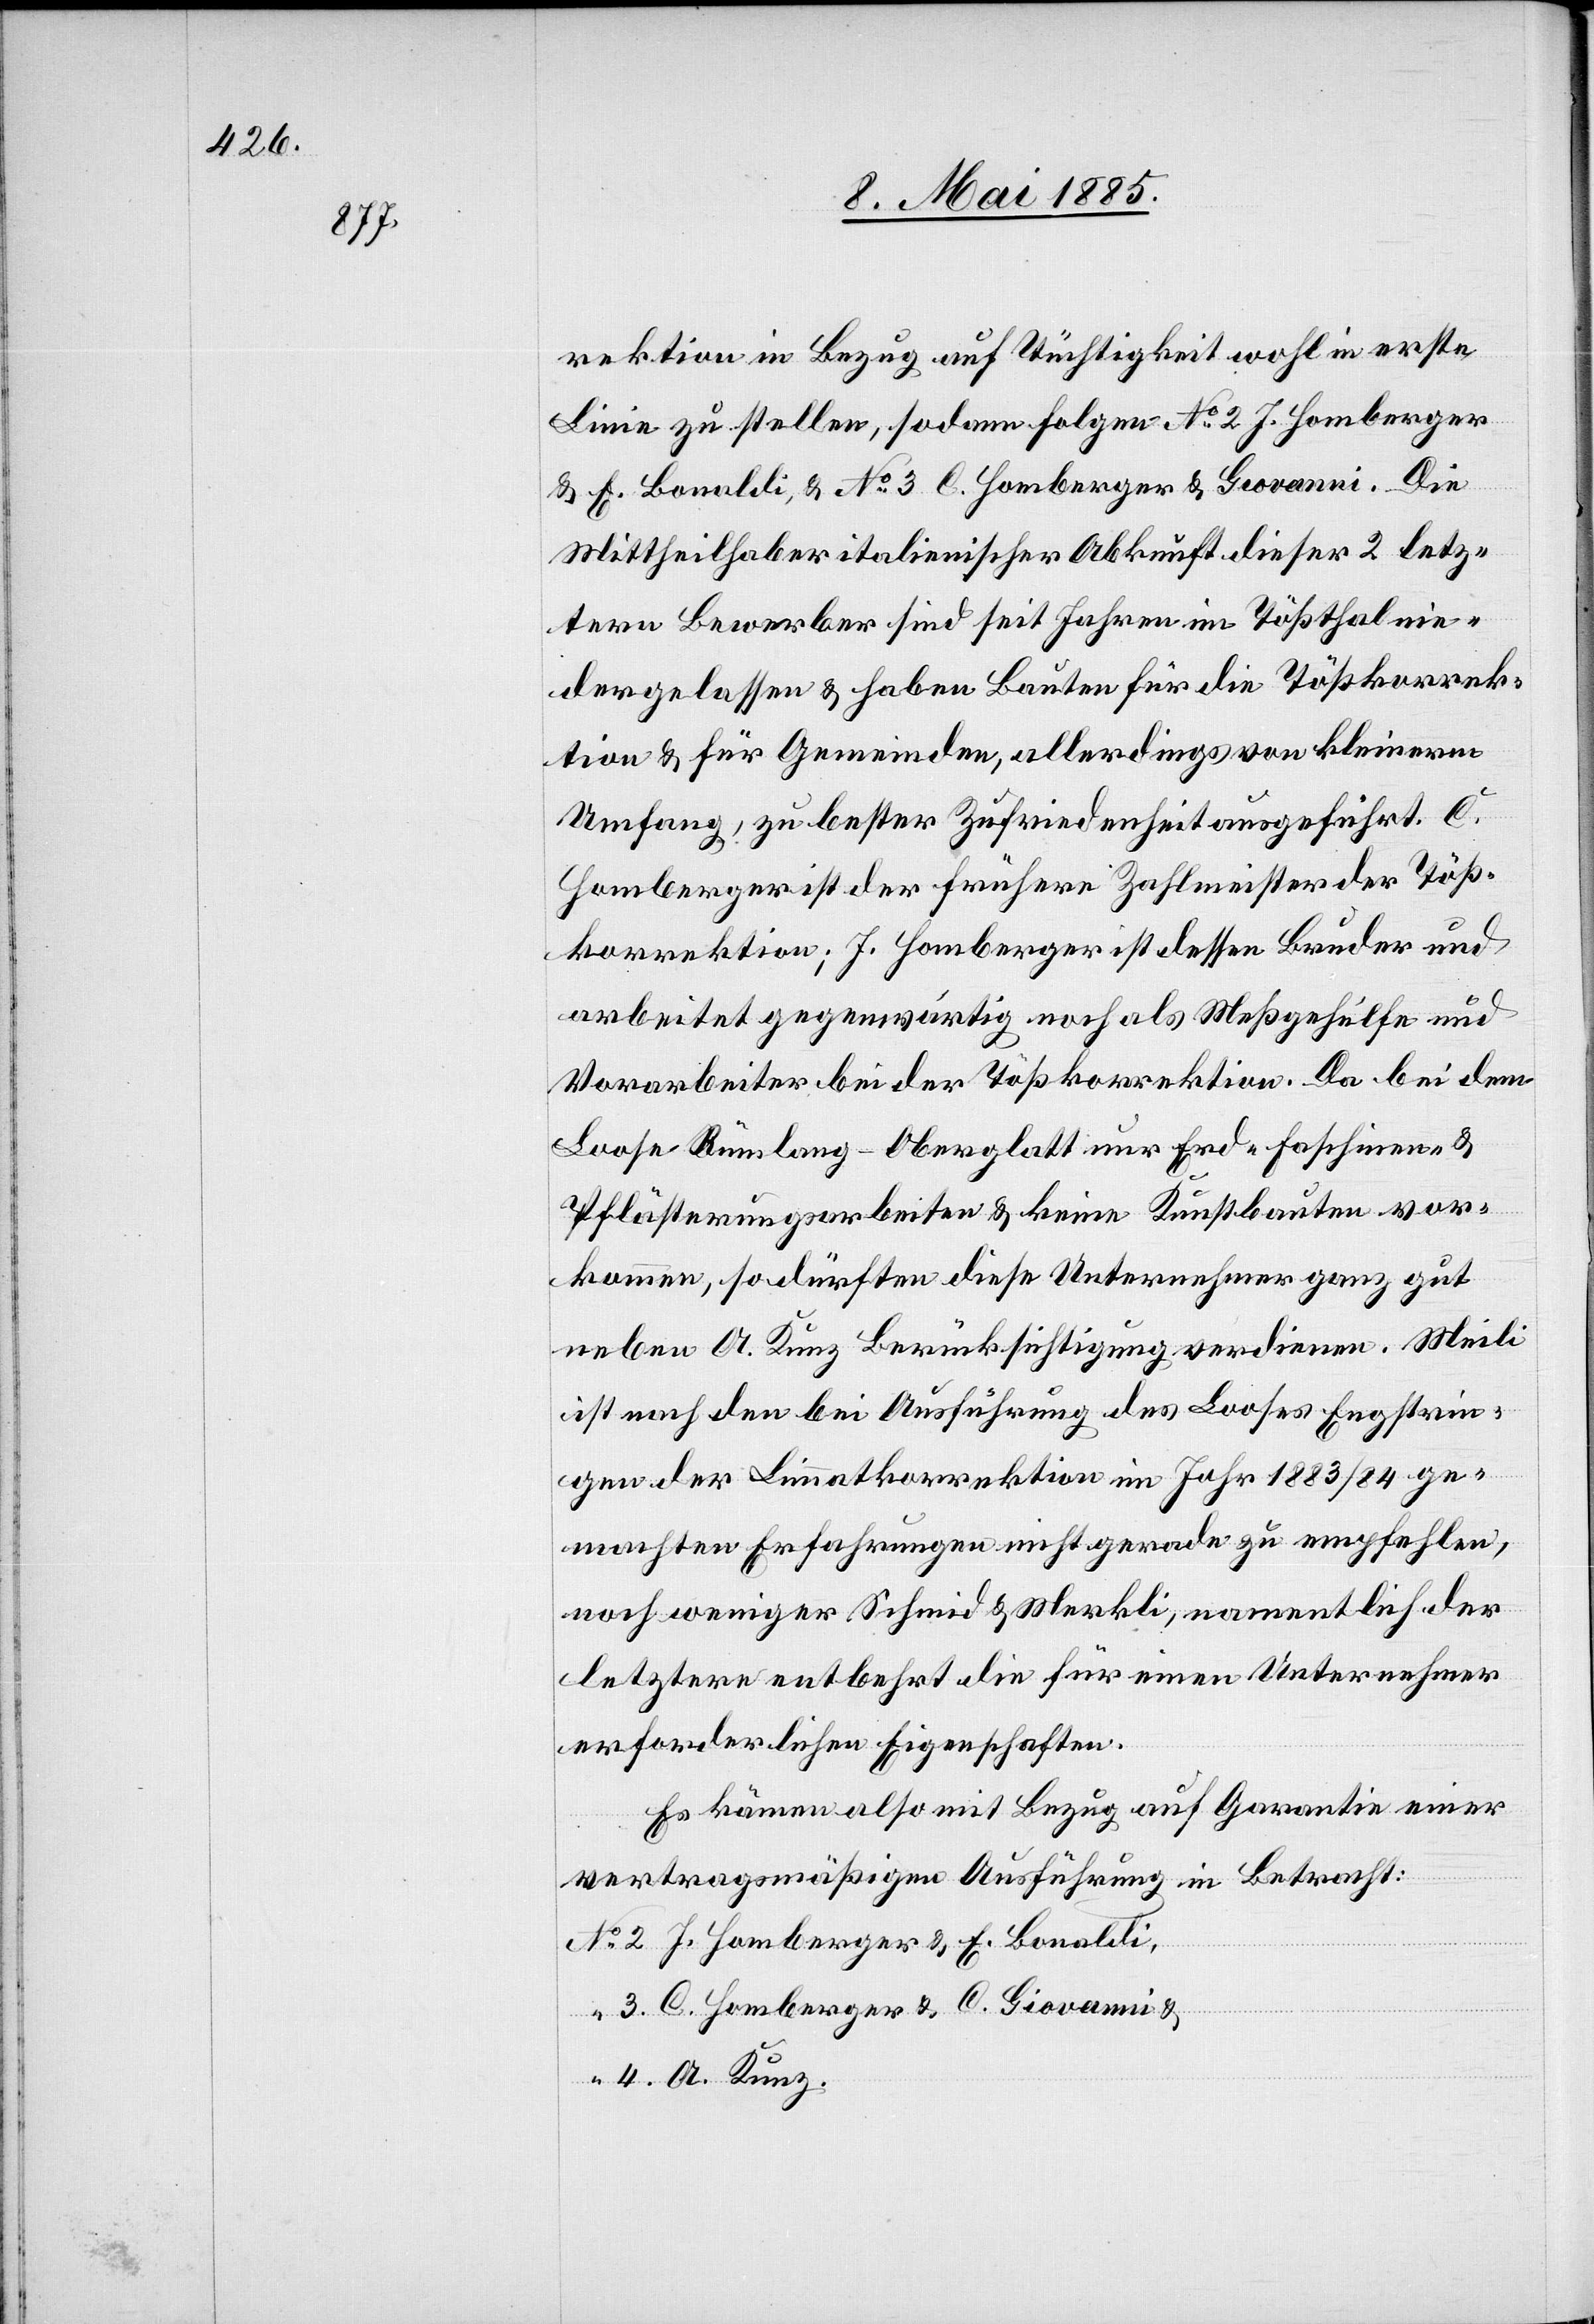
rektion in Bezug auf Tüchtigkeit wohl in erste
Linie zu stellen, sodann folgen No 2 J. Homberger
& E. Bonaldi & No 3 C. Homberger & Giovanni. Die
Mittheilhaber italienischer Abkunft dieser 2 letz¬
tern Bewerber sind seit Jahren im Tößthal nie¬
dergelassen & haben Bauten für die Tößkorrek¬
tion & für Gemeinden, allerdings von kleinerm
Umfang, zu bester Zufriedenheit ausgeführt. C.
Homberger ist der frühere Zahlmeister der Töß¬
korrektion; J. Homberger ist dessen Bruder und
arbeitet gegenwärtig noch als Meßgehülfe und
Vorarbeiter bei der Tößkorrektion. Da bei dem
Loose Rümlang - Oberglatt nur Erd-[,] Faschinen- &
Pflästerungsarbeiten & keine Kunstbauten vor¬
kommen, so dürften diese Unternehmer ganz gut
neben A. Kunz Berücksichtigung verdienen. Meili
ist nach den bei Ausführung des Looses Engstrin¬
gen der Limmatkorrektion im Jahr 1883/84 ge¬
machten Erfahrungen nicht gerade zu empfehlen,
noch weniger Schmidt & Merkli, namentlich der
letztere entbehrt die für einen Unternehmer
erforderlichen Eigenschaften.
Es kämen also mit Bezug auf Garantie einer
vertragsmäßigen Ausführung in Betracht:
J. Homberger & E. Bonaldi,
C. Homberger & C. Giovanni &